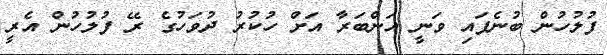
ފުލުހުން ބުނެފައި ވަނީ އަންބަރާ އަށް ހުކުރު ދުވަހުގެ ރޭ ފުުލުހުން އެރީ